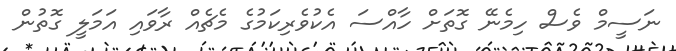
ނަސީމް ވެސް ހިމެނޭ ގޮތަށް ހާއްސަ އެކުވެރިކަމުގެ މެޗެއް ރާވައި އަމަލީ ގޮތުން